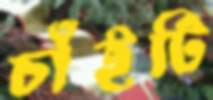
চাঁইটি